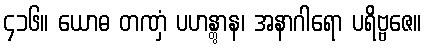
၄၁၆။ ယောဓ တဏှံ ပဟန္တွာန၊ အနာဂါရော ပရိဗ္ဗဇေ။